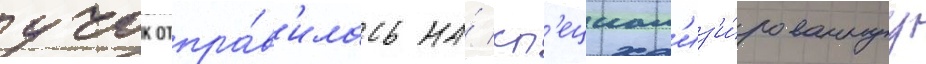
учок отпра́в'илась на́ сп'ециал'из'и́рованнуу